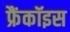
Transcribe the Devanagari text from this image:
फ्रैंकॉइस